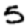
Digit: 5